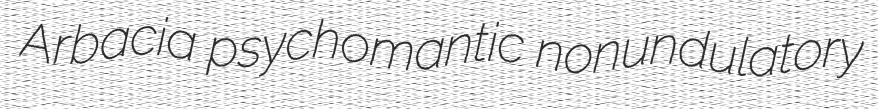
Arbacia psychomantic nonundulatory